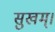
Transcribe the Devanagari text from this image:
सुखम्।